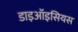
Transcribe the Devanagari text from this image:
डाइऑइसियस